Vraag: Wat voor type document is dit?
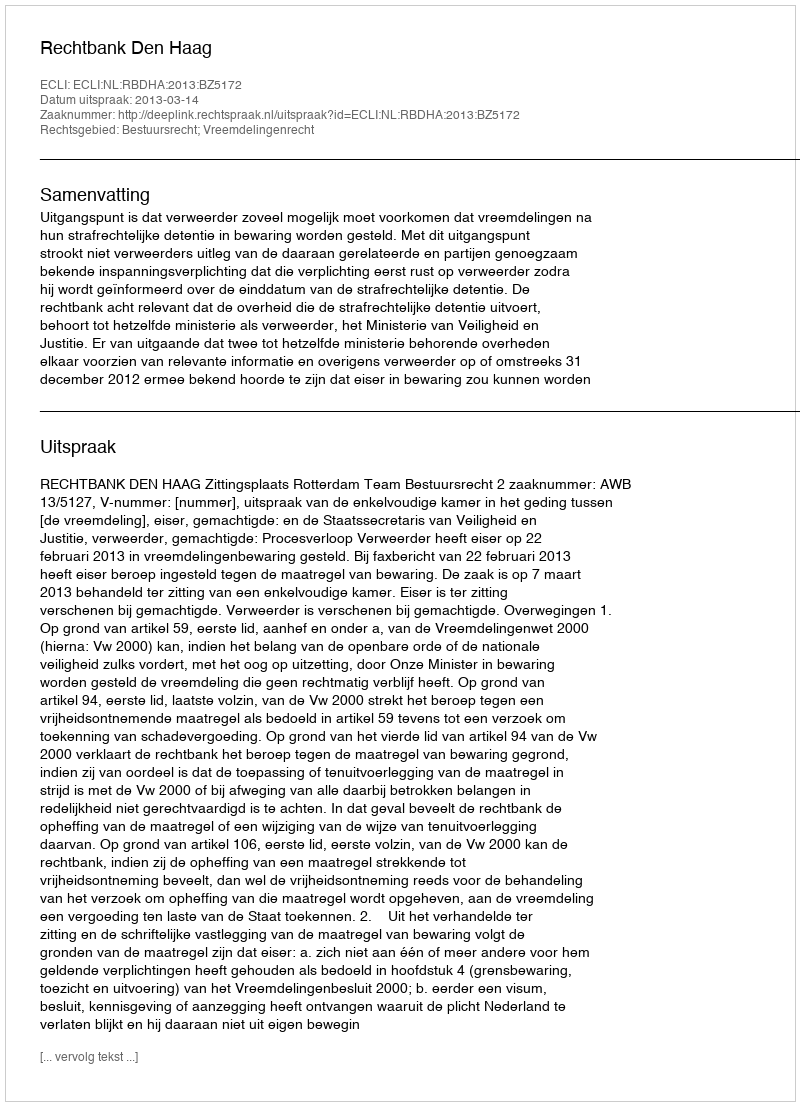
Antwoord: Uitspraak